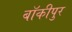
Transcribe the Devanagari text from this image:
बॉकीपुर